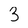
Character: 3